Indian journal of veterinary science and animal husbandry - Volumes 24-25, 1954-1955
Year: 1954
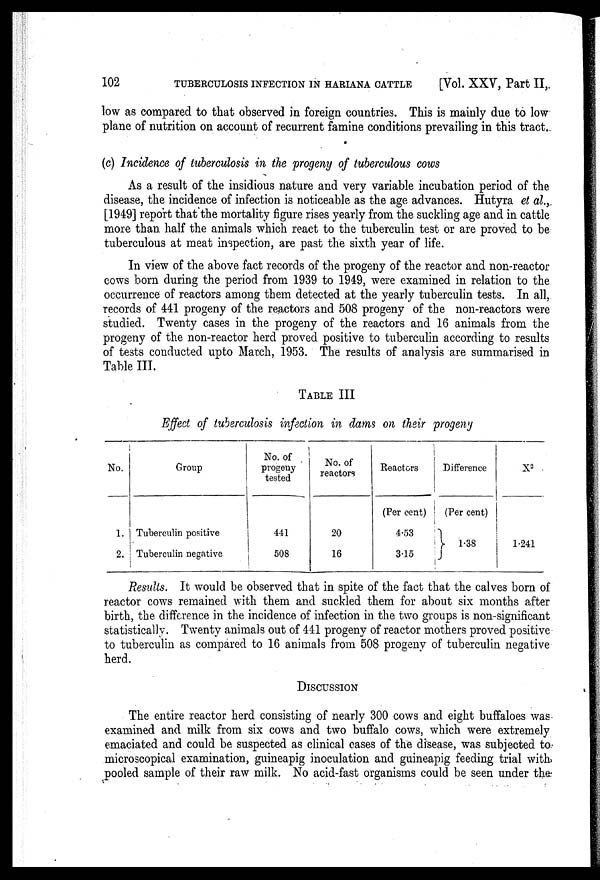
102
TUBERCULOSIS INFECTION IN HARIANA CATTLE
[Vol. XXV, Part II,
low as compared to that observed in foreign countries. This is mainly due to low
plane of nutrition on account of recurrent famine conditions prevailing in this tract.
(c) Incidence of tuberculosis in the progeny of tuberculous cows
As a result of the insidious nature and very variable incubation period of the
disease, the incidence of infection is noticeable as the age advances. Hutyra et al.,
[1949] report that the mortality figure rises yearly from the suckling age and in cattle
more than half the animals which react to the tuberculin test or are proved to be
tuberculous at meat inspection, are past the sixth year of life.
In view of the above fact records of the progeny of the reactor and non-reactor
cows born during the period from 1939 to 1949, were examined in relation to the
occurrence of reactors among them detected at the yearly tuberculin tests. In all,
records of 441 progeny of the reactors and 508 progeny of the non-reactors were
studied. Twenty cases in the progeny of the reactors and 16 animals from the
progeny of the non-reactor herd proved positive to tuberculin according to results
of tests conducted upto March, 1953. The results of analysis are summarised in
Table III.
TABLE III
Effect of tuberculosis infection in dams on their progeny
No.
1.
2.
Group
Tuberculin positive
Tuberculin negative
No. of
progeny
tested
441
508
No. of
reactors
20
16
Reactors
(Per cent)
4.53
3.15
Difference
(Per cent)
}1.38
X 2
1.241
Results. It would be observed that in spite of the fact that the calves born of
reactor cows remained with them and suckled them for about six months after
birth, the difference in the incidence of infection in the two groups is non-significant
statistically. Twenty animals out of 441 progeny of reactor mothers proved positive
to tuberculin as compared to 16 animals from 508 progeny of tuberculin negative
herd.
DISCUSSION
The entire reactor herd consisting of nearly 300 cows and eight buffaloes was
examined and milk from six cows and two buffalo cows, which were extremely
emaciated and could be suspected as clinical cases of the disease, was subjected to
microscopical examination, guineapig inoculation and guineapig feeding trial with
pooled sample of their raw milk. No acid-fast organisms could be seen under the